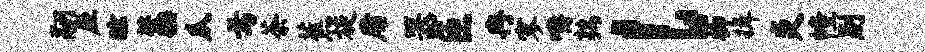
翮应眩藁瓜焉荼蕉旋庸器匝冉寥嚼鹑l柳揖炎幢别